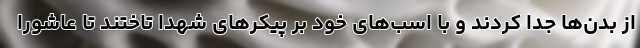
از بدن‌ها جدا کردند و با اسب‌های خود بر پیکرهای شهدا تاختند تا عاشورا